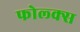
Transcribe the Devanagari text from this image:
फोल्क्स